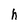
Character: h